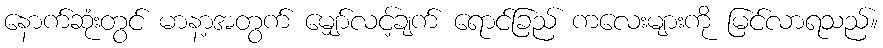
နောက်ဆုံးတွင် မာနာ့အတွက် မျှော်လင့်ချက် ရောင်ခြည် ကလေးများကို မြင်လာရသည်။